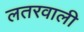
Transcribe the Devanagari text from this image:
लतरवाली